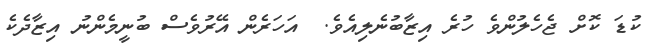
ކުޑަ ކޮށް ޖެހެލުންވެ ހުރެ އިޒާބުނެލިއެވެ.  އަހަރެން އޭރުވެސް ބުނީމެންނު އިޒާދެކެ